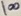
Text: 100